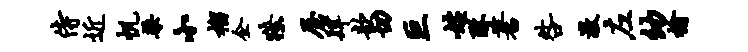
侍近帆梁小榴企獠屋肆歆切巨姓酥蓍咎激左幼榆